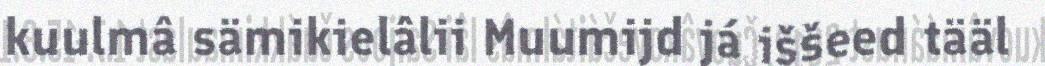
kuulmâ sämikielâlii Muumijd já iššeed tääl